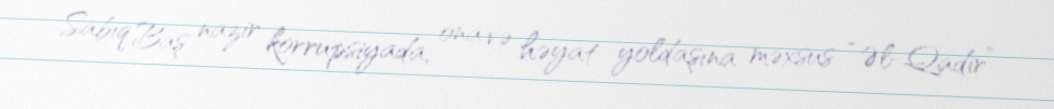
Sabiq Baş nazir korrupsiyada, ona və həyat yoldaşına məxsus “Əl-Qadir”